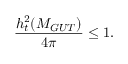
\frac { h _ { t } ^ { 2 } ( M _ { G U T } ) } { 4 \pi } \leq 1 .